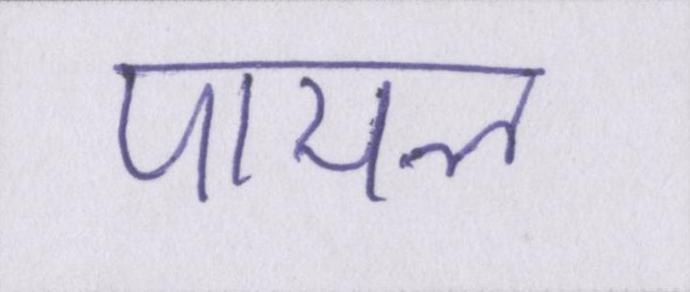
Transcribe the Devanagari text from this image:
पायल